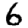
Digit: 6